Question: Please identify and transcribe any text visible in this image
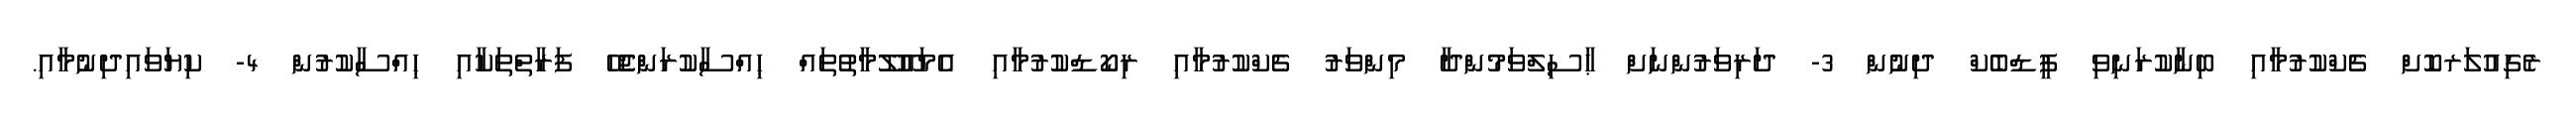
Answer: ރެގިއުލަރކޮށް ޗެކްކުރުމާއި ބިނާކުރަނިވި ފީޑްބެކް ދިނުން 3- ދަރިވަރުންނަށް ޙާސިލްވަމުންދާ މިންވަރު ޗެކްކުރުމާއި ރިކޯޑްކުރުމާއި އެމައޫލޫމާތުތައް ޙިއްސާކުރަންޖެހޭ ފަރާތްތަކާއި ޙިއްސާކުރުން 4- ކިޔަވައިދިނުމާއި.